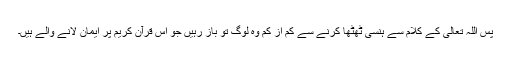
پس اللہ تعالیٰ کے کلام سے ہنسی ٹھٹھا کرنے سے کم از کم وہ لوگ تو باز رہیں جو اس قرآن کریم پر ایمان لانے والے ہیں۔